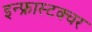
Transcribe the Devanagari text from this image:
इन्फ्रास्टक्चर